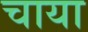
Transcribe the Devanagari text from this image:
चाया